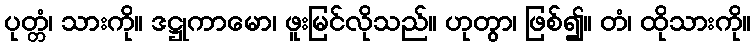
ပုတ္တံ၊ သားကို။ ဒဋ္ဌုကာမော၊ ဖူးမြင်လိုသည်။ ဟုတွာ၊ ဖြစ်၍။ တံ၊ ထိုသားကို။